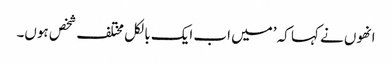
انھوں نے کہا کہ ’میں اب ایک بالکل مختلف شخص ہوں۔